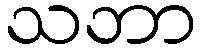
သဘာ